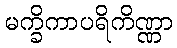
မက္ခိကာပရိကိဏ္ဏာ